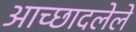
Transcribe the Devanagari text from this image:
अाच्छादलेले